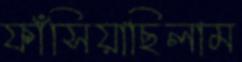
ফাঁসিয়াছিলাম